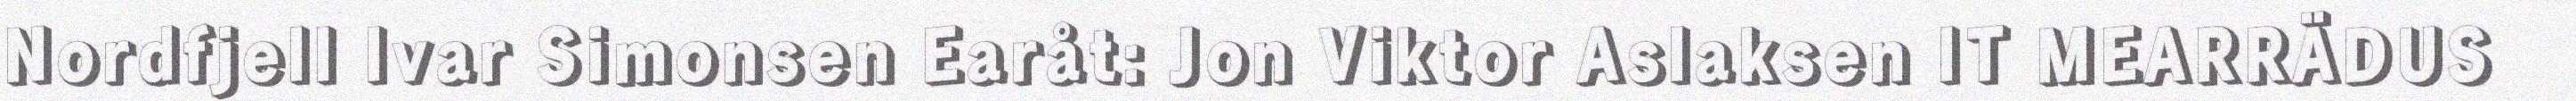
Nordfjell Ivar Simonsen Earåt: Jon Viktor Aslaksen IT MEARRÄDUS